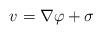
LaTeX: \begin{align*}v=\nabla\varphi+\sigma\end{align*}